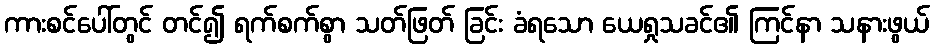
ကားစင်ပေါ်တွင် တင်၍ ရက်စက်စွာ သတ်ဖြတ် ခြင်း ခံရသော ယေရှုသခင်၏ ကြင်နာ သနားဖွယ်